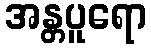
အန္တပူရော